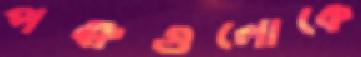
পক্ষগুলোকে